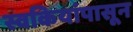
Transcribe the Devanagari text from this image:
स्वकियांपासून